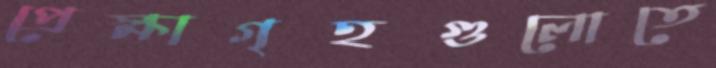
প্রেক্ষাগৃহগুলোতে